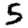
Digit: 5